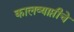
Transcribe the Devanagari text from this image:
कालव्याप्तीचे